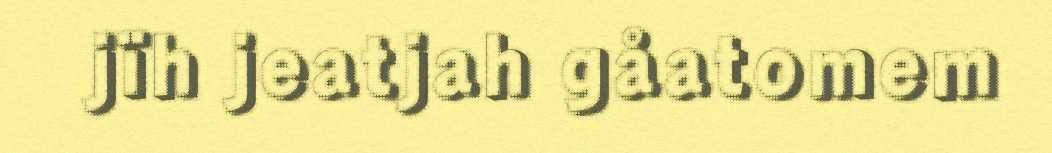
jïh jeatjah gåatomem